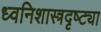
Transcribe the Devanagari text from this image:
ध्वनिशास्त्रदृष्ट्या